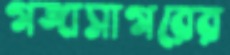
গঙ্গাসাগরের